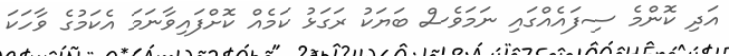
އަދި ކޮންމެ ސިފައެއްގައި ނަމަވެސް ބަޔަކު ރަގަޅު ކަމެއް ކޮށްފައިވާނަމަ އެކަމުގެ ވާހަކަ